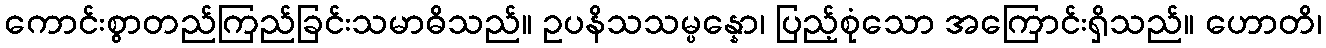
ကောင်းစွာတည်ကြည်ခြင်းသမာဓိသည်။ ဥပနိသသမ္ပန္နော၊ ပြည့်စုံသော အကြောင်းရှိသည်။ ဟောတိ၊